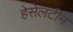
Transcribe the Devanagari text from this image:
हेसेलटीन